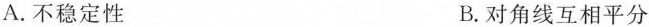
A.不稳定性 B.对角线互相平分